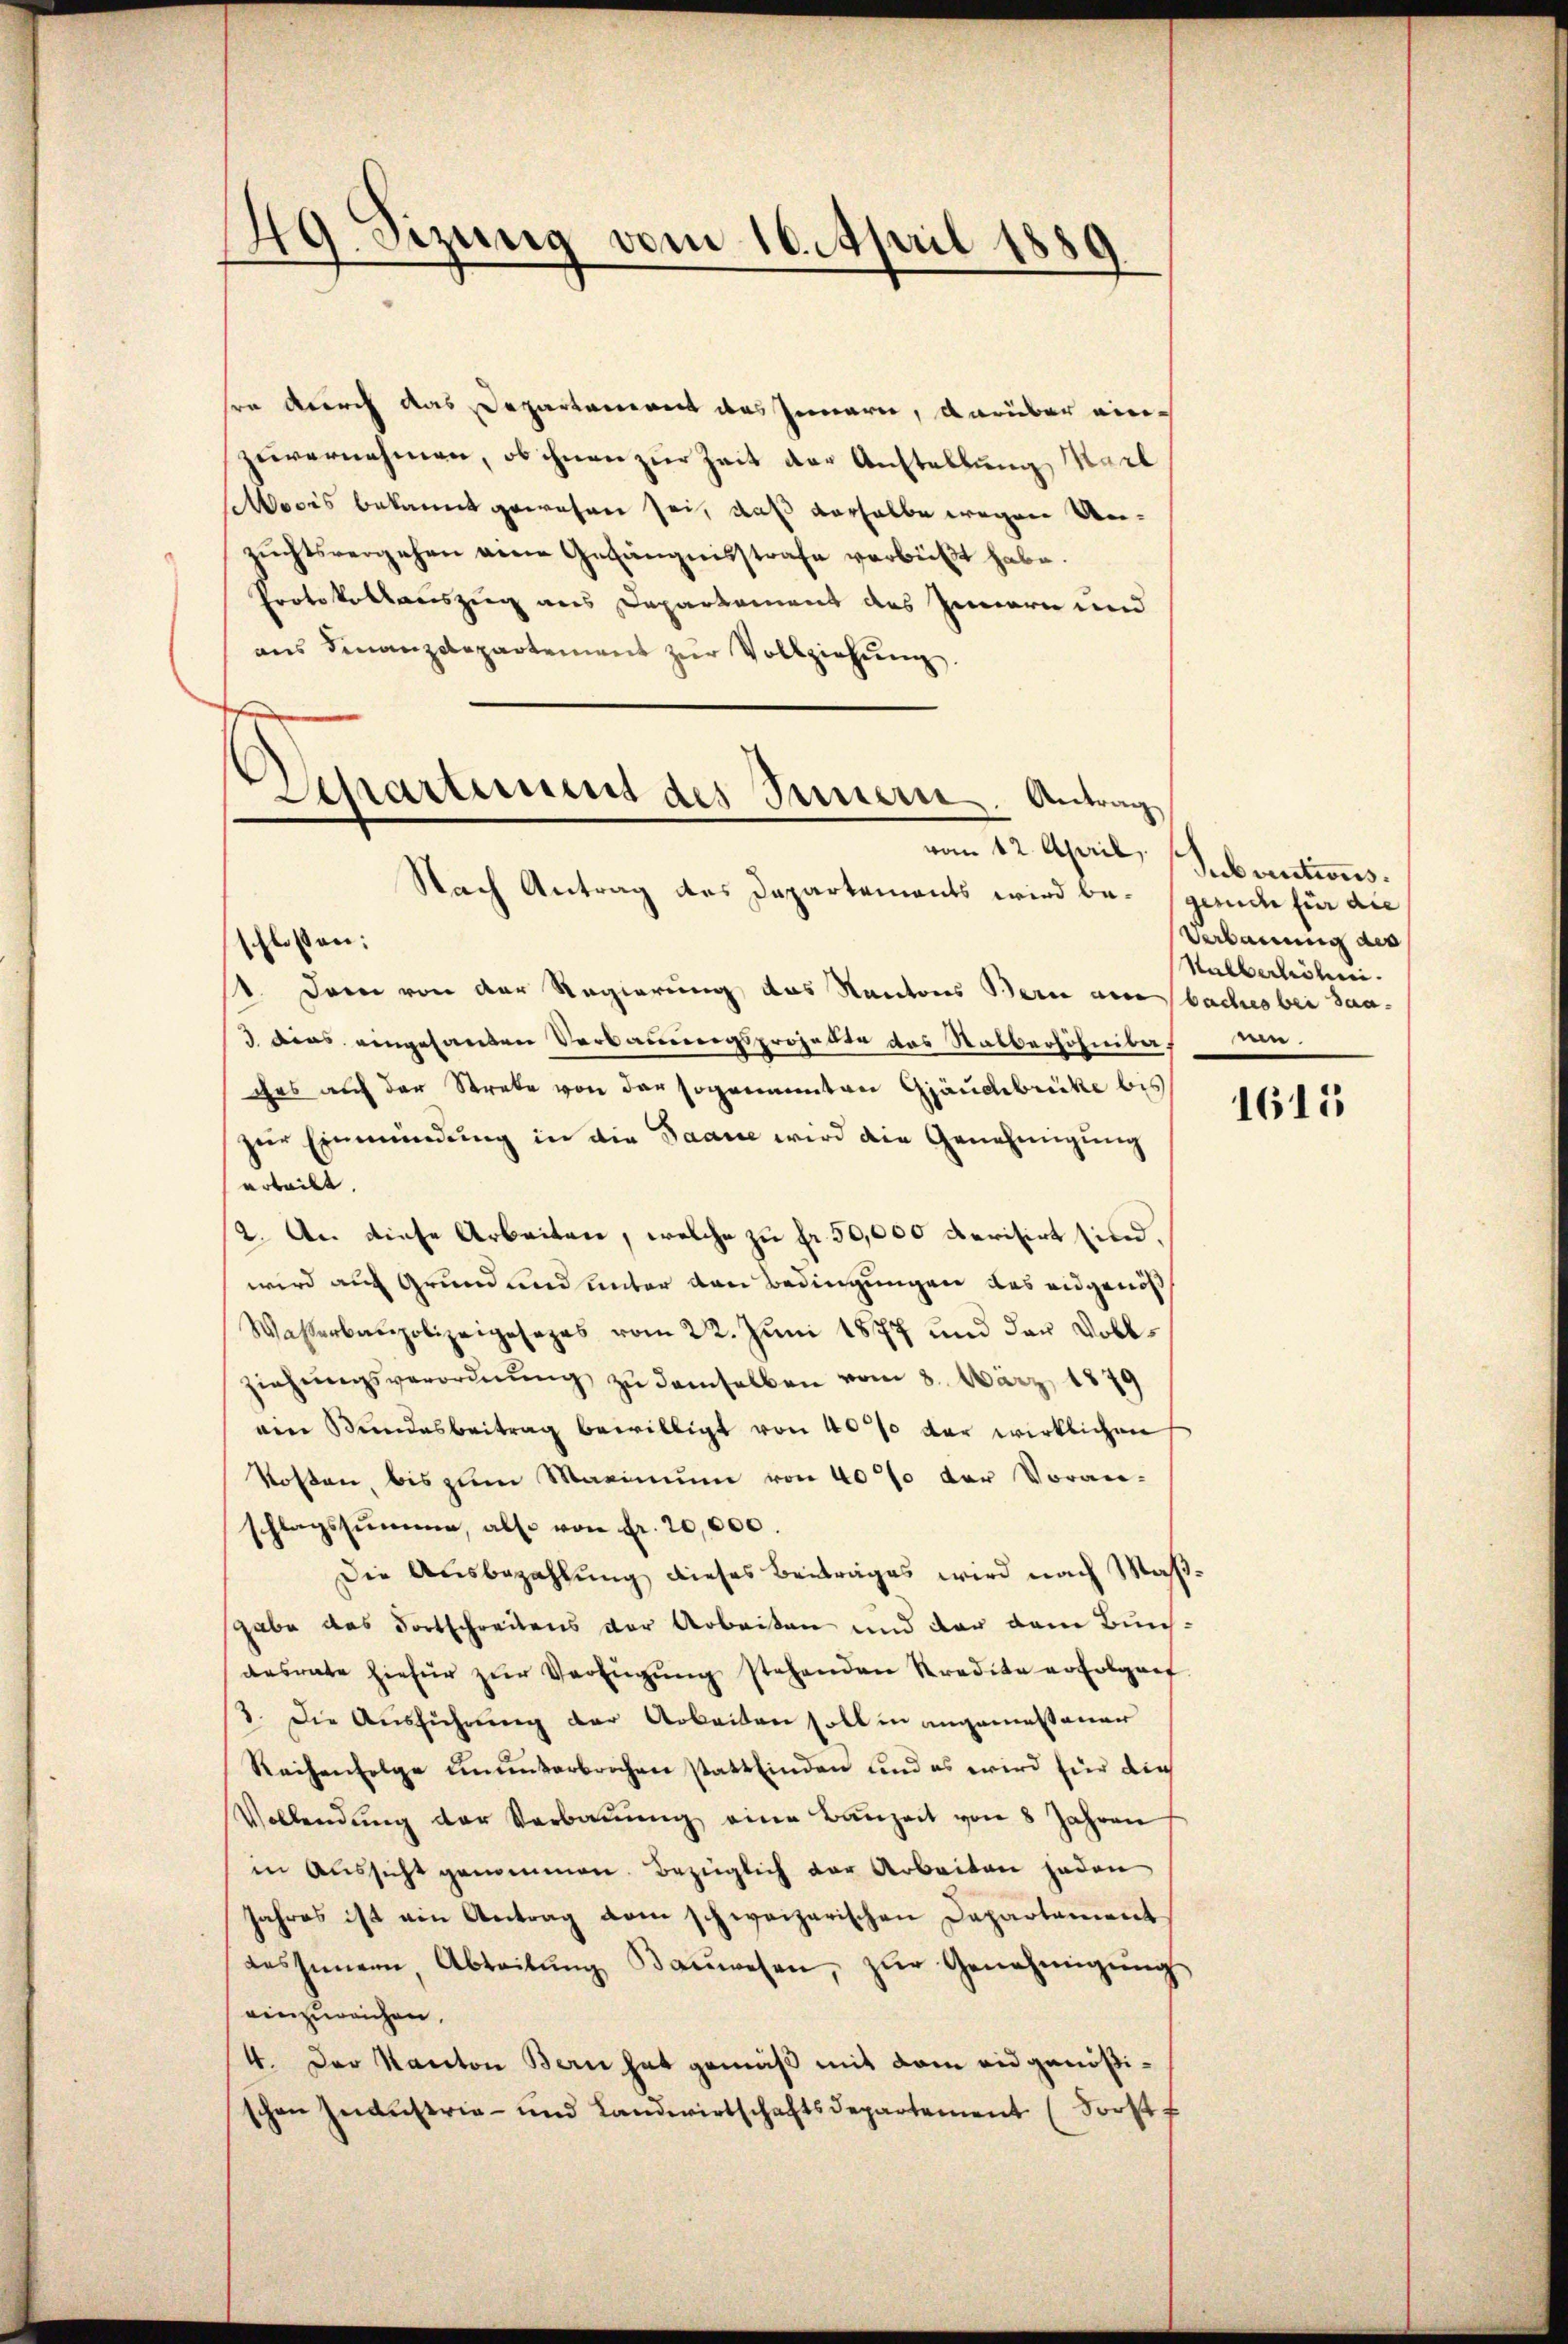
49. Sizung vom 10. April 1889

sen durch das Departanerent das Innern, darüber eine
zuvernehmen, ob ihnen zur Zeit der Anstellung Karl
ocis bekannt gewesen sei, daß derselbe wegen Unzŭchtsvergehen eine Gefängnisstrafe verbüßt habe.
Protokollauszug aus Departement des Innern und
aus Finanzdepartement zur Vollziehung.
vom 12. April (Sebautions¬
Nach Antrag des Departements wird be- (gerich für die
chlossen:
st. Dann von der Regierung des Kantons Bern am baches bei dan¬
3 dies eingesanden Verbauungsprojekte das Salberhöhniba,
ches auf der Streke von der sogenannten Gjauchbrücke bis
zur Einmündung in die Saane wird die Genehmigung
urteilt.
(2. An diese Arbeiten, welche zu fr. 50,000 Revisirt sind.
wird auf Grund und unter den Bedingungen das eidgenöß
Wasserbaupolizeigesages vom 22. Jŭni 1877 und der Vollziehŭngsverordnŭng zu demselben vom 3. März 1879
ein Bundesbeitrag bewilligt von 40% der wirklichen
Kosten, bis zum Maximum von 40% der Voran-
schlagssumme, also von Fr. 20,000.
Die Ausbezahlung dieses Beitrages wird nach Mas
gabe das dortschreitens der Arbeiten und der dem Bundesrate hiefür zŭr Verfügŭng stehenden Kredita erfolgref
3. Die Ausführung der Arbeiten soll in angemessenen
Reihenfolge ununterbrochen stattfinden und es wird für die
Vollendŭng der Verbaŭŭng eine Bauzeit von 8 Jahren
in Aŭssicht genommen. Bezüglich der Arbeiten jeden
Jahres ist ein Antrag vom schweizerischen Departament
dessenern, Abteilŭng Baŭwesen, zŭr Genehmigŭng
einzureichen.
4. Der Kanton Bern hat gemäß mit dem eidgenößischen Industrie- und Landwirtschaftsdepartement (Forst

Departement des Sinnern. Antrag

Verbauung des
Halberhöhni
nen.

1615